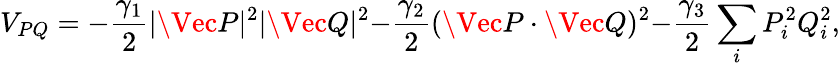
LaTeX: V_{PQ}=-\frac{\gamma_{1}}{2}|\Vec{P}|^{2}|\Vec{Q}|^{2}{-}\frac{\gamma_{2}}{2}(\Vec{P}\cdot\Vec{Q})^{2}{-}\frac{\gamma_{3}}{2}\sum_{i}P_{i}^{2}Q_{i}^{2},